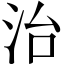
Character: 治